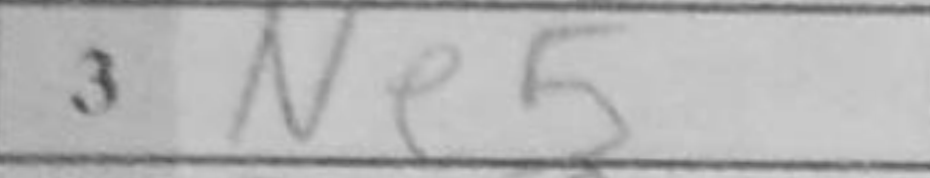
Transcription: Ne5